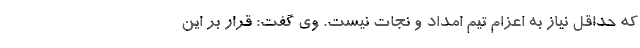
که حداقل نیاز به اعزام تیم امداد و نجات نیست. وی گفت: قرار بر این